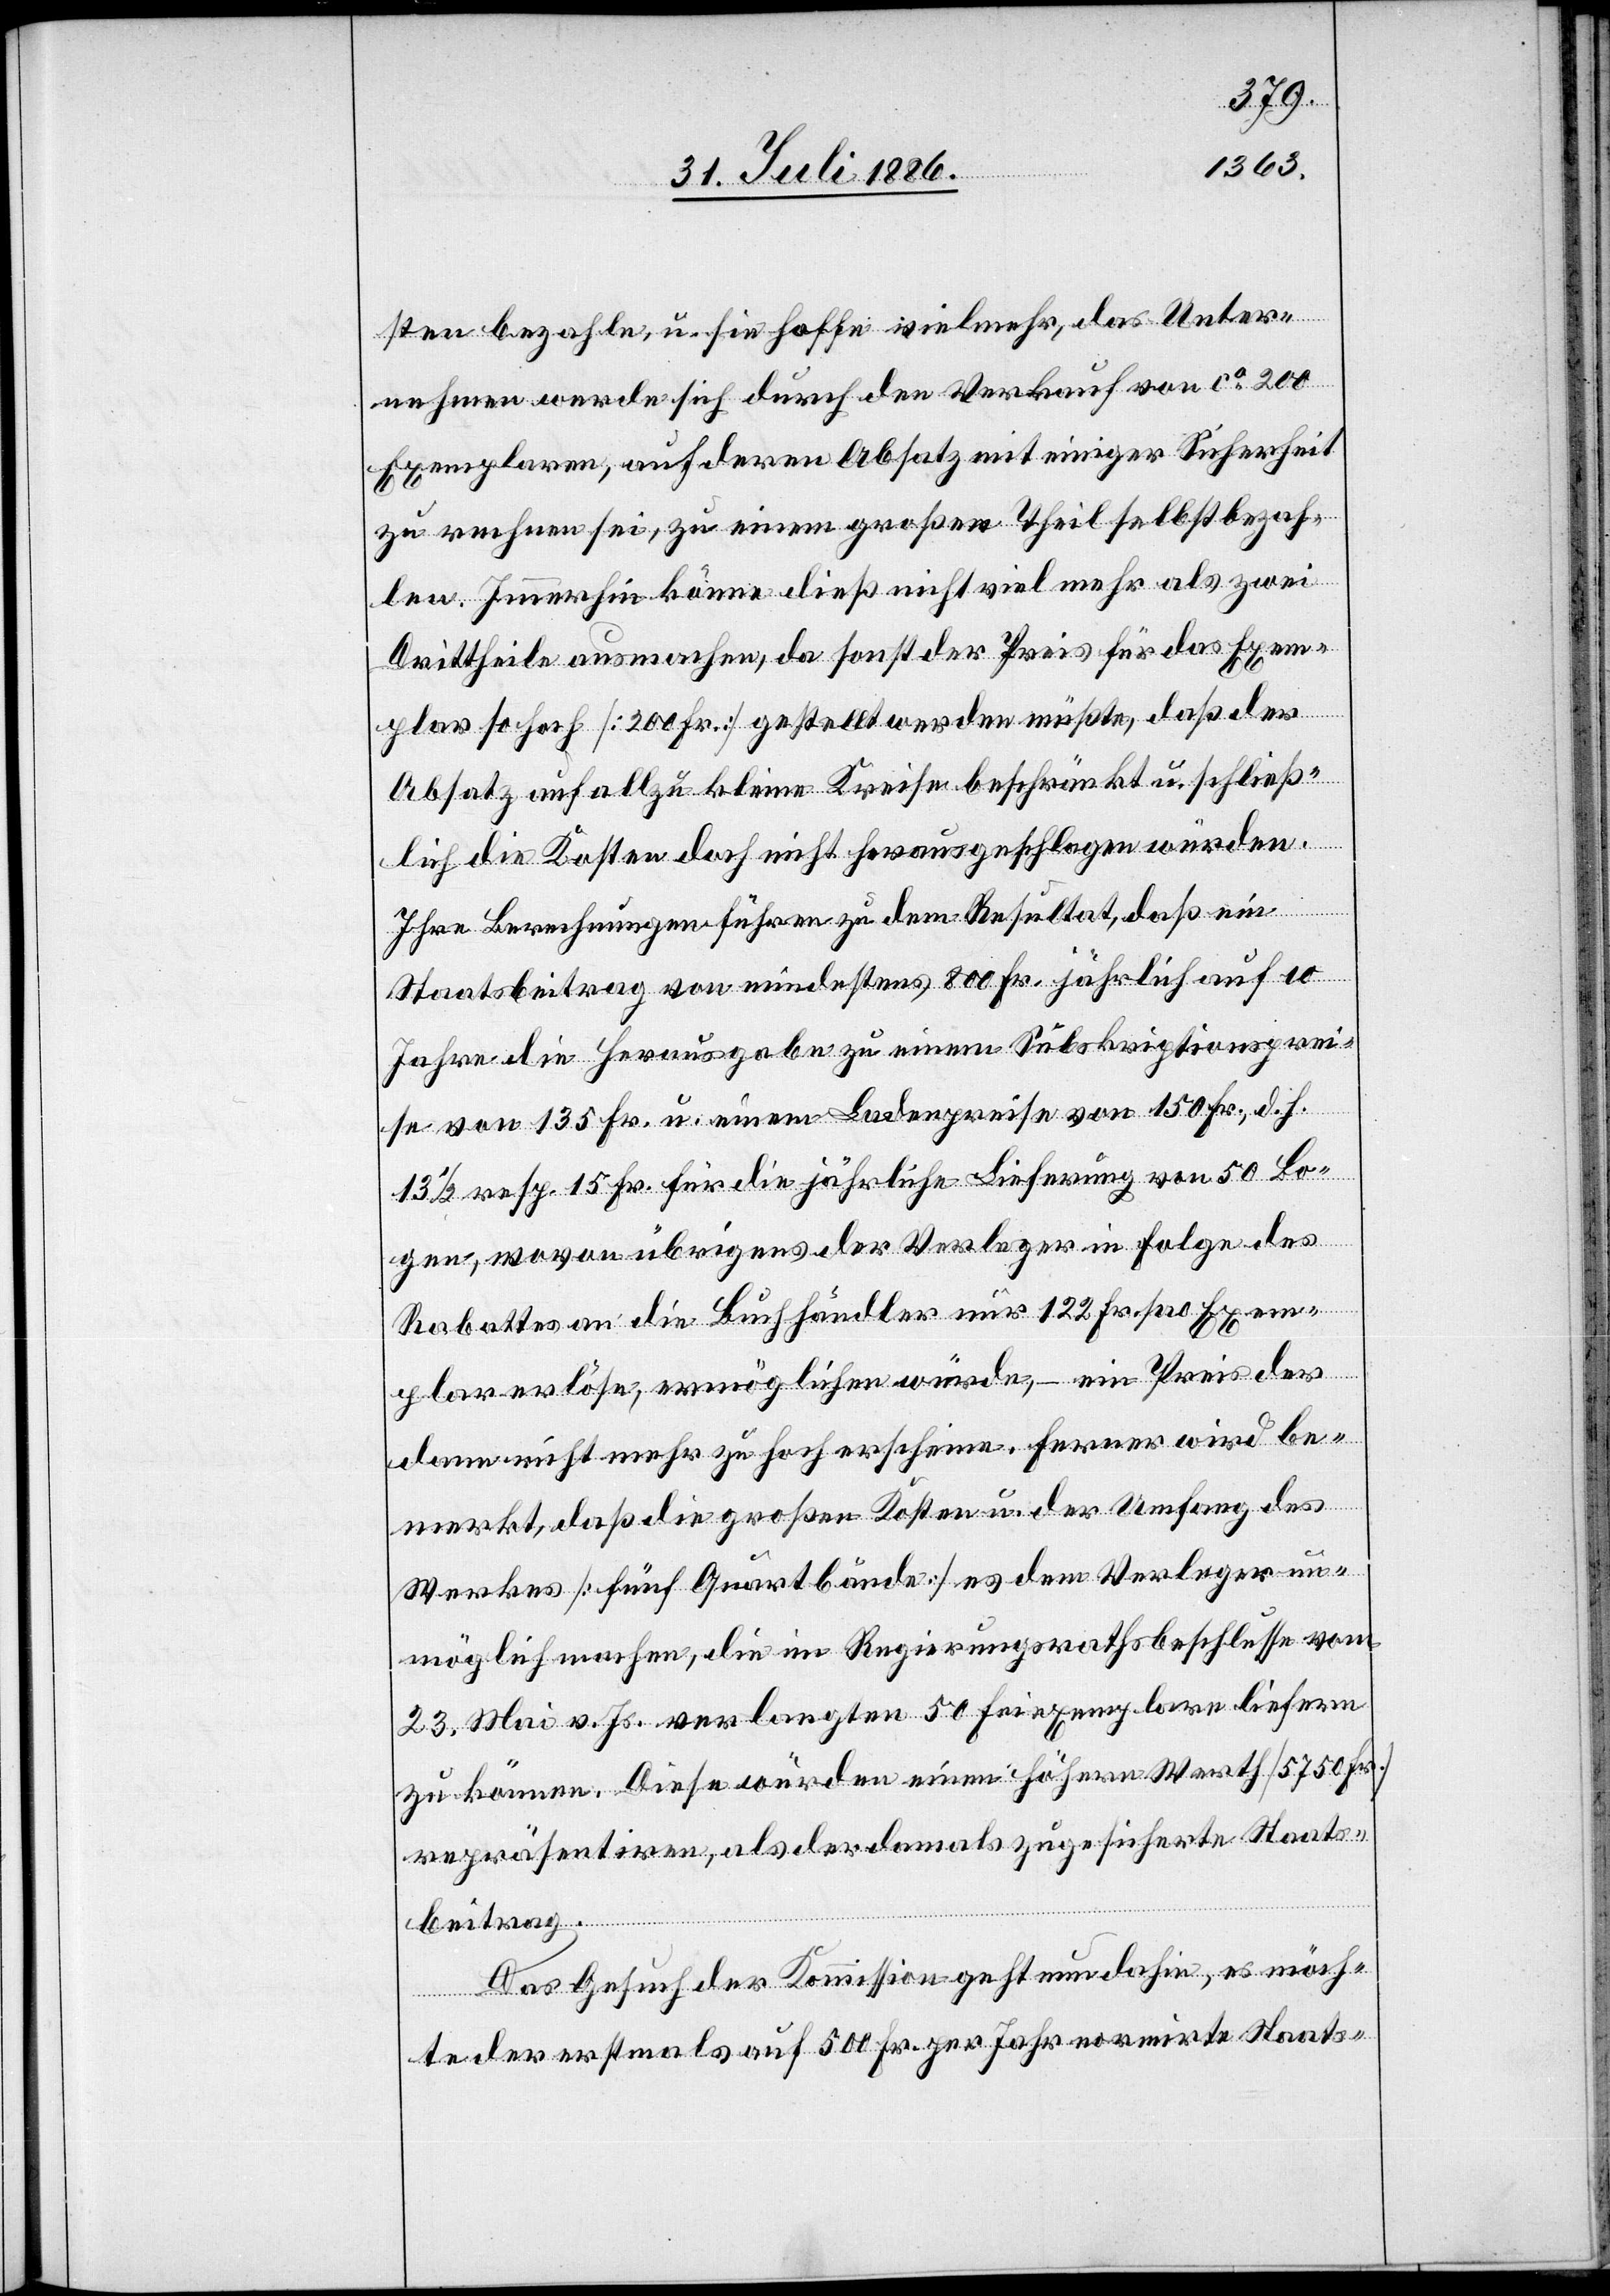
sten bezahle, u. sie hoffen vielmehr, das Unter¬
nehmen werde sich durch den Verkauf von ca 200
Exemplaren, auf deren Absatz mit einiger Sicherheit
zu rechnen sei, zu einem großen Theil selbst bezah¬
len. Immerhin könne dieß nicht viel mehr als zwei
Drittheile ausmachen, da sonst der Preis für das Exem¬
plar so hoch [200 Fr.] gestellt werden müßte, daß der
Absatz auf allzu kleine Kreise beschränkt u. schließ¬
lich die Kosten doch nicht herausgeschlagen würden.
Ihre Berechnungen führen zu dem Resultat, daß ein
Staatsbeitrag von mindestens 800 Fr. jährlich auf 10
Jahre die Herausgabe zu einem Subskriptionsprei¬
se von 135 Fr. u. einem Ladenpreise von 150 Fr., d. h.
13 1/2 resp. 15 Fr. für die jährliche Lieferung von 50 Bo¬
gen, wovon übrigens der Verleger in Folge des
Rabattes an die Buchhändler nur 122 Fr. pro Exem¬
plar erlöse, ermöglichen würde, – ein Preis der
dann nicht mehr zu hoch erscheine. Ferner wird be¬
merkt, daß die großen Kosten u. der Umfang des
Werkes [fünf Quartbände] es dem Verleger un¬
möglich machen, die im Regierungsrathsbeschlusse vom
23. Mai v. Js. verlangten 50 Freiexemplare liefern
zu können. Diese würden einen höhern Werth [5750 Fr.]
repräsentiren, als der damals zugesicherte Staats¬
beitrag.
Das Gesuch der Kommission geht nun dahin, es möch¬
te der erstmals auf 500 Fr. per Jahr normirte Staats-